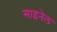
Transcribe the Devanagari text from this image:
साइनेल